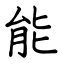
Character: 能